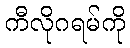
ကီလိုဂရမ်ကို